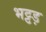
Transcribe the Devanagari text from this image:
भट्टड़